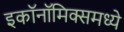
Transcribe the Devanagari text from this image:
इकाॅनाॅमिक्समध्ये